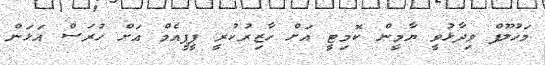
މަހުލޫފް ވިދާޅުވީ ޔާމީން ކޮމިޓީ އަށް ހާޒިރުކުރީ ޕީޕީއެމް އަށް ހުރަސް އަޅަން